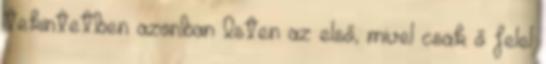
tekintetben azonban Isten az első, mivel csak ő felel